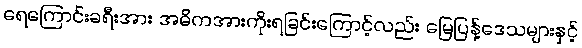
ရေကြောင်းခရီးအား အဓိကအားကိုးရခြင်းကြောင့်လည်း မြေပြန့်ဒေသများနှင့်